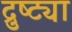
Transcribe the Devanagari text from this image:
द्रुष्ट्या